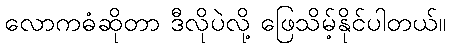
လောကဓံဆိုတာ ဒီလိုပဲလို့ ဖြေသိမ့်နိုင်ပါတယ်။